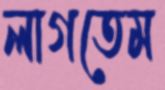
লাগতেম